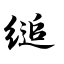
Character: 缒